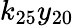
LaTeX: k_{25}y_{20}